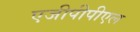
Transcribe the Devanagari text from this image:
एजीपीपीएल